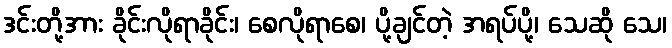
ဒင်းတို့အား ခိုင်းလိုရာခိုင်း၊ စေလိုရာစေ၊ ပို့ချင်တဲ့ အရပ်ပို့၊ သေဆို သေ၊